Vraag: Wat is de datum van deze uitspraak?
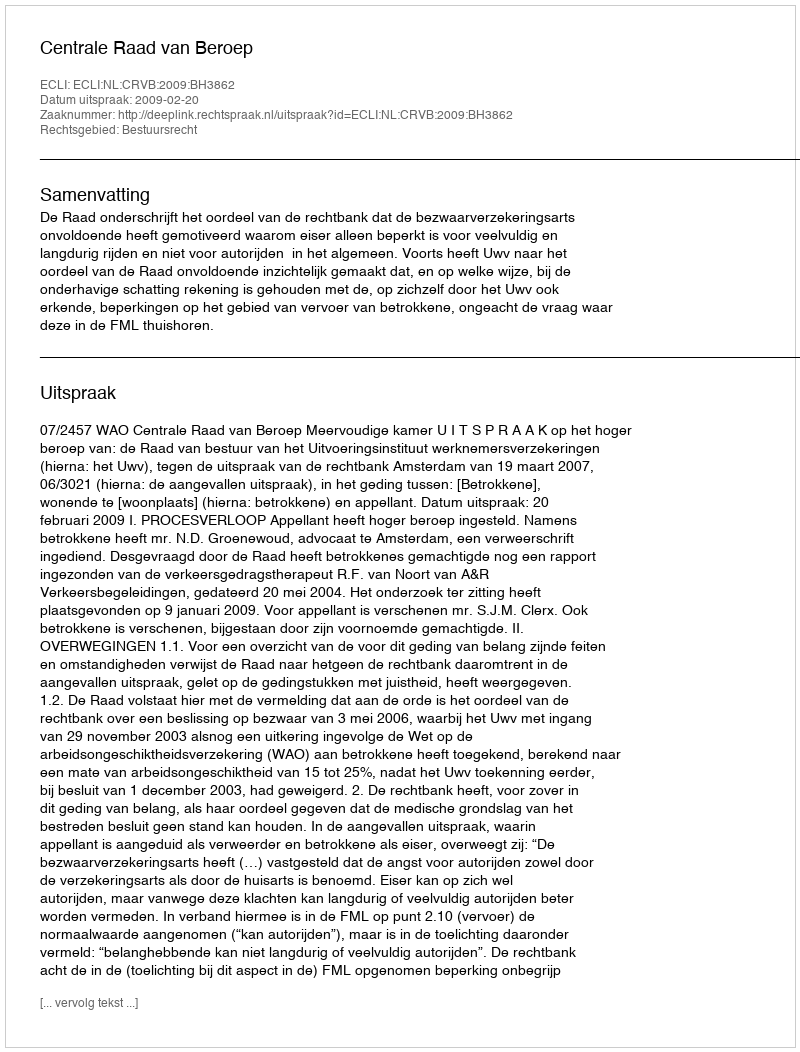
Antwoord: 2009-02-20